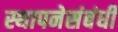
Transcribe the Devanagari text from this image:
स्थापनेसंबंधी